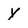
Character: Y